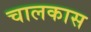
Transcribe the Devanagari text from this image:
चालकास